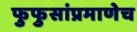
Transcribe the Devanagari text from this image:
फुफुसांप्रमाणेच